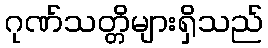
ဂုဏ်သတ္တိများရှိသည်